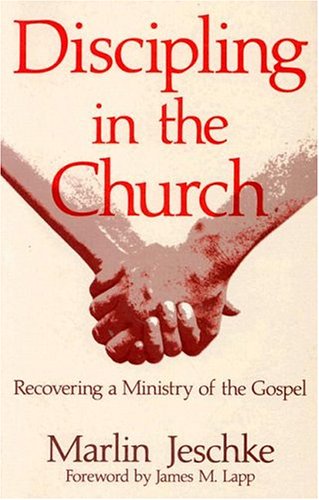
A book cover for Discipling in the Church: Recovering a Ministry of the Gospel; Marlin Jeschke; Christian Books & Bibles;